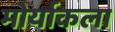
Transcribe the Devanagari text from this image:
मोर्याकला